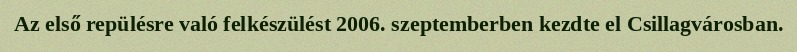
Az első repülésre való felkészülést 2006. szeptemberben kezdte el Csillagvárosban.